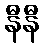
နီနီ